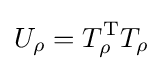
U_{\rho }=T_{\rho }^{\text{T}}T_{\rho }